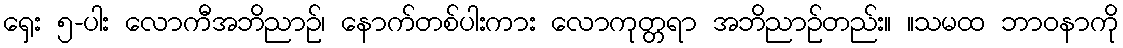
ရှေး ၅-ပါး လောကီအဘိညာဉ်၊ နောက်တစ်ပါးကား လောကုတ္တရာ အဘိညာဉ်တည်း။ ။သမထ ဘာဝနာကို